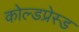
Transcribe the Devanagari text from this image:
कोल्डप्रेस्ड